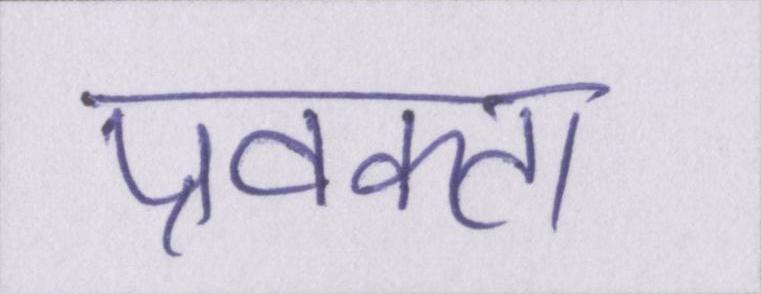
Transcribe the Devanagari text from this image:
प्रवक्ता